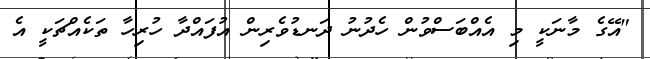
"އޭގެ މާނަކީ މި އެއްބަސްވުން ހެދުނު ދަނޑުވެރިން އުފައްދާ ހުރިހާ ތަކެއްޗަކީ އެ